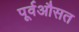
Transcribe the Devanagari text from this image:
पूर्वऔसत